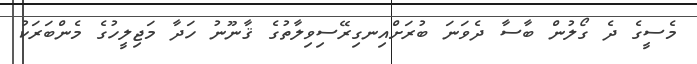
މެސީގެ ދެ ގޯލުން ބާސާ ދެވަނަ ބުރަށްއިނގިރޭސިވިލާތުގެ ޤާނޫނު ހަދާ މަޖިލީހުގެ މެންބަރަކު